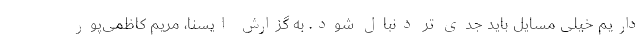
داریم خیلی مسایل باید جدی تر دنبال شود. به گزارش ایسنا، مریم کاظمی‌پور